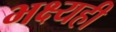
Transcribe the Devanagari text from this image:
भक्ष्यही